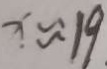
x \approx 1 9